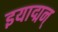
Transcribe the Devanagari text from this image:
इयाद्मन्